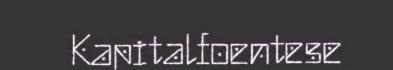
Kapitalfoentese